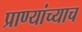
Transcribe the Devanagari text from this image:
प्राण्यांच्याच